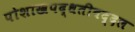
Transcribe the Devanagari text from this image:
पोशाखपद्धतीबद्दल